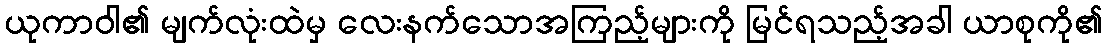
ယုကာဝါ၏ မျက်လုံးထဲမှ လေးနက်သောအကြည့်များကို မြင်ရသည့်အခါ ယာစုကို၏